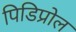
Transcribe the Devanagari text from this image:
पिडिप्रोल